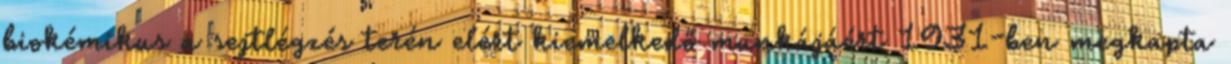
biokémikus a sejtlégzés terén elért kiemelkedő munkájáért 1931-ben megkapta